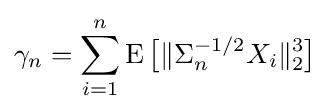
\gamma _{n}=\sum _{i=1}^{n}\operatorname {E} {\big [}\|\Sigma _{n}^{-1/2}X_{i}\|_{2}^{3}{\big ]}